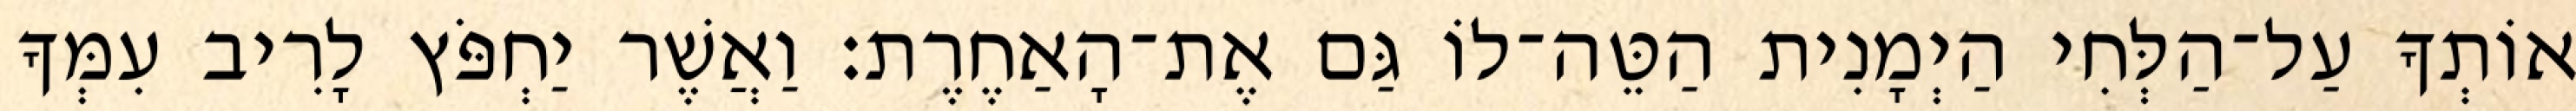
אוֹתְךָ עַל־הַלְּחִי הַיְמָנִית הַטֵּה־לוֹ גַּם אֶת־הָאַחֶרֶת׃ וַאֲשֶׁר יַחְפֹּץ לָרִיב עִמְּךָ